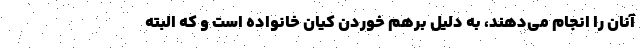
آنان را انجام می‌دهند، به دلیل برهم خوردن کیان خانواده است و که البته